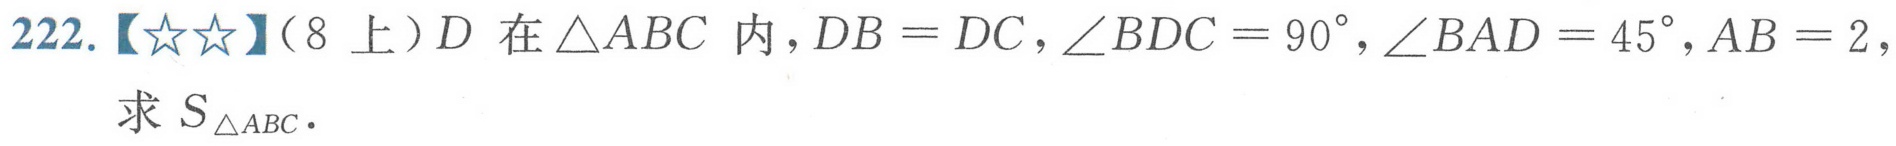
222.【★★】（8上）\(D\)在\(\triangle ABC\)内，\(DB = DC\)，\(\angle BDC = 90^{\circ}\)，\(\angle BAD = 45^{\circ}\)，\(AB = 2\)，求\(S_{\triangle ABC}\)．